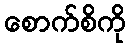
စောက်စိကို